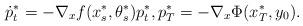
LaTeX: \begin{align*} \dot{p}^*_t = - \nabla_x f(x^*_s, \theta^*_s) p^*_t, p^*_T = -\nabla_x \Phi(x^*_T,y_0). \end{align*}